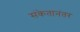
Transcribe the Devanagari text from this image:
संकेतानंतर